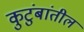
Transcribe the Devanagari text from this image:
कुटुंबांतील